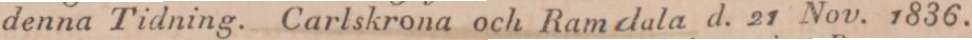
denna Tidning. Carlskrona och Ramdala d. 21 Nov. 1836.